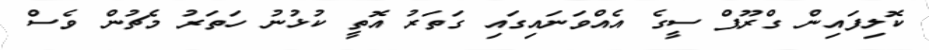
ކޮލިފައިން ގްރޫޕް ސީގެ އެއްވަަނައިގައި ގަތަރު އޮތީ ކުޅުނު ހަތަރު މެޗުން ވެސް